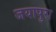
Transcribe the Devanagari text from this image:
जयापुरा